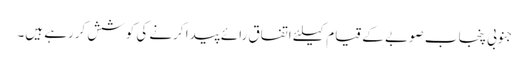
جنوبی پنجاب صوبے کے قیام کیلئے اتفاق رائے پیدا کرنے کی کوشش کررہے ہیں۔